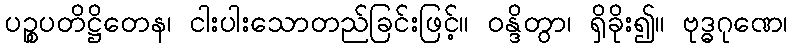
ပဉ္စပတိဋ္ဌိတေန၊ ငါးပါးသောတည်ခြင်းဖြင့်။ ဝန္ဒိတွာ၊ ရှိခိုး၍။ ဗုဒ္ဓဂုဏေ၊